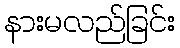
နားမလည်ခြင်း